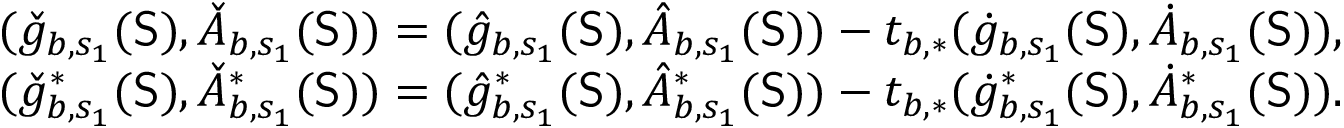
\begin{array} { r } { ( \check { g } _ { b , s _ { 1 } } ( \mathsf { S } ) , \check { A } _ { b , s _ { 1 } } ( \mathsf { S } ) ) = ( \hat { g } _ { b , s _ { 1 } } ( \mathsf { S } ) , \hat { A } _ { b , s _ { 1 } } ( \mathsf { S } ) ) - t _ { b , * } ( \dot { g } _ { b , s _ { 1 } } ( \mathsf { S } ) , \dot { A } _ { b , s _ { 1 } } ( \mathsf { S } ) ) , } \\ { ( \check { g } _ { b , s _ { 1 } } ^ { * } ( \mathsf { S } ) , \check { A } _ { b , s _ { 1 } } ^ { * } ( \mathsf { S } ) ) = ( \hat { g } _ { b , s _ { 1 } } ^ { * } ( \mathsf { S } ) , \hat { A } _ { b , s _ { 1 } } ^ { * } ( \mathsf { S } ) ) - t _ { b , * } ( \dot { g } _ { b , s _ { 1 } } ^ { * } ( \mathsf { S } ) , \dot { A } _ { b , s _ { 1 } } ^ { * } ( \mathsf { S } ) ) . } \end{array}